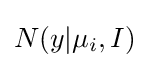
N(y|\mu _{i},I)